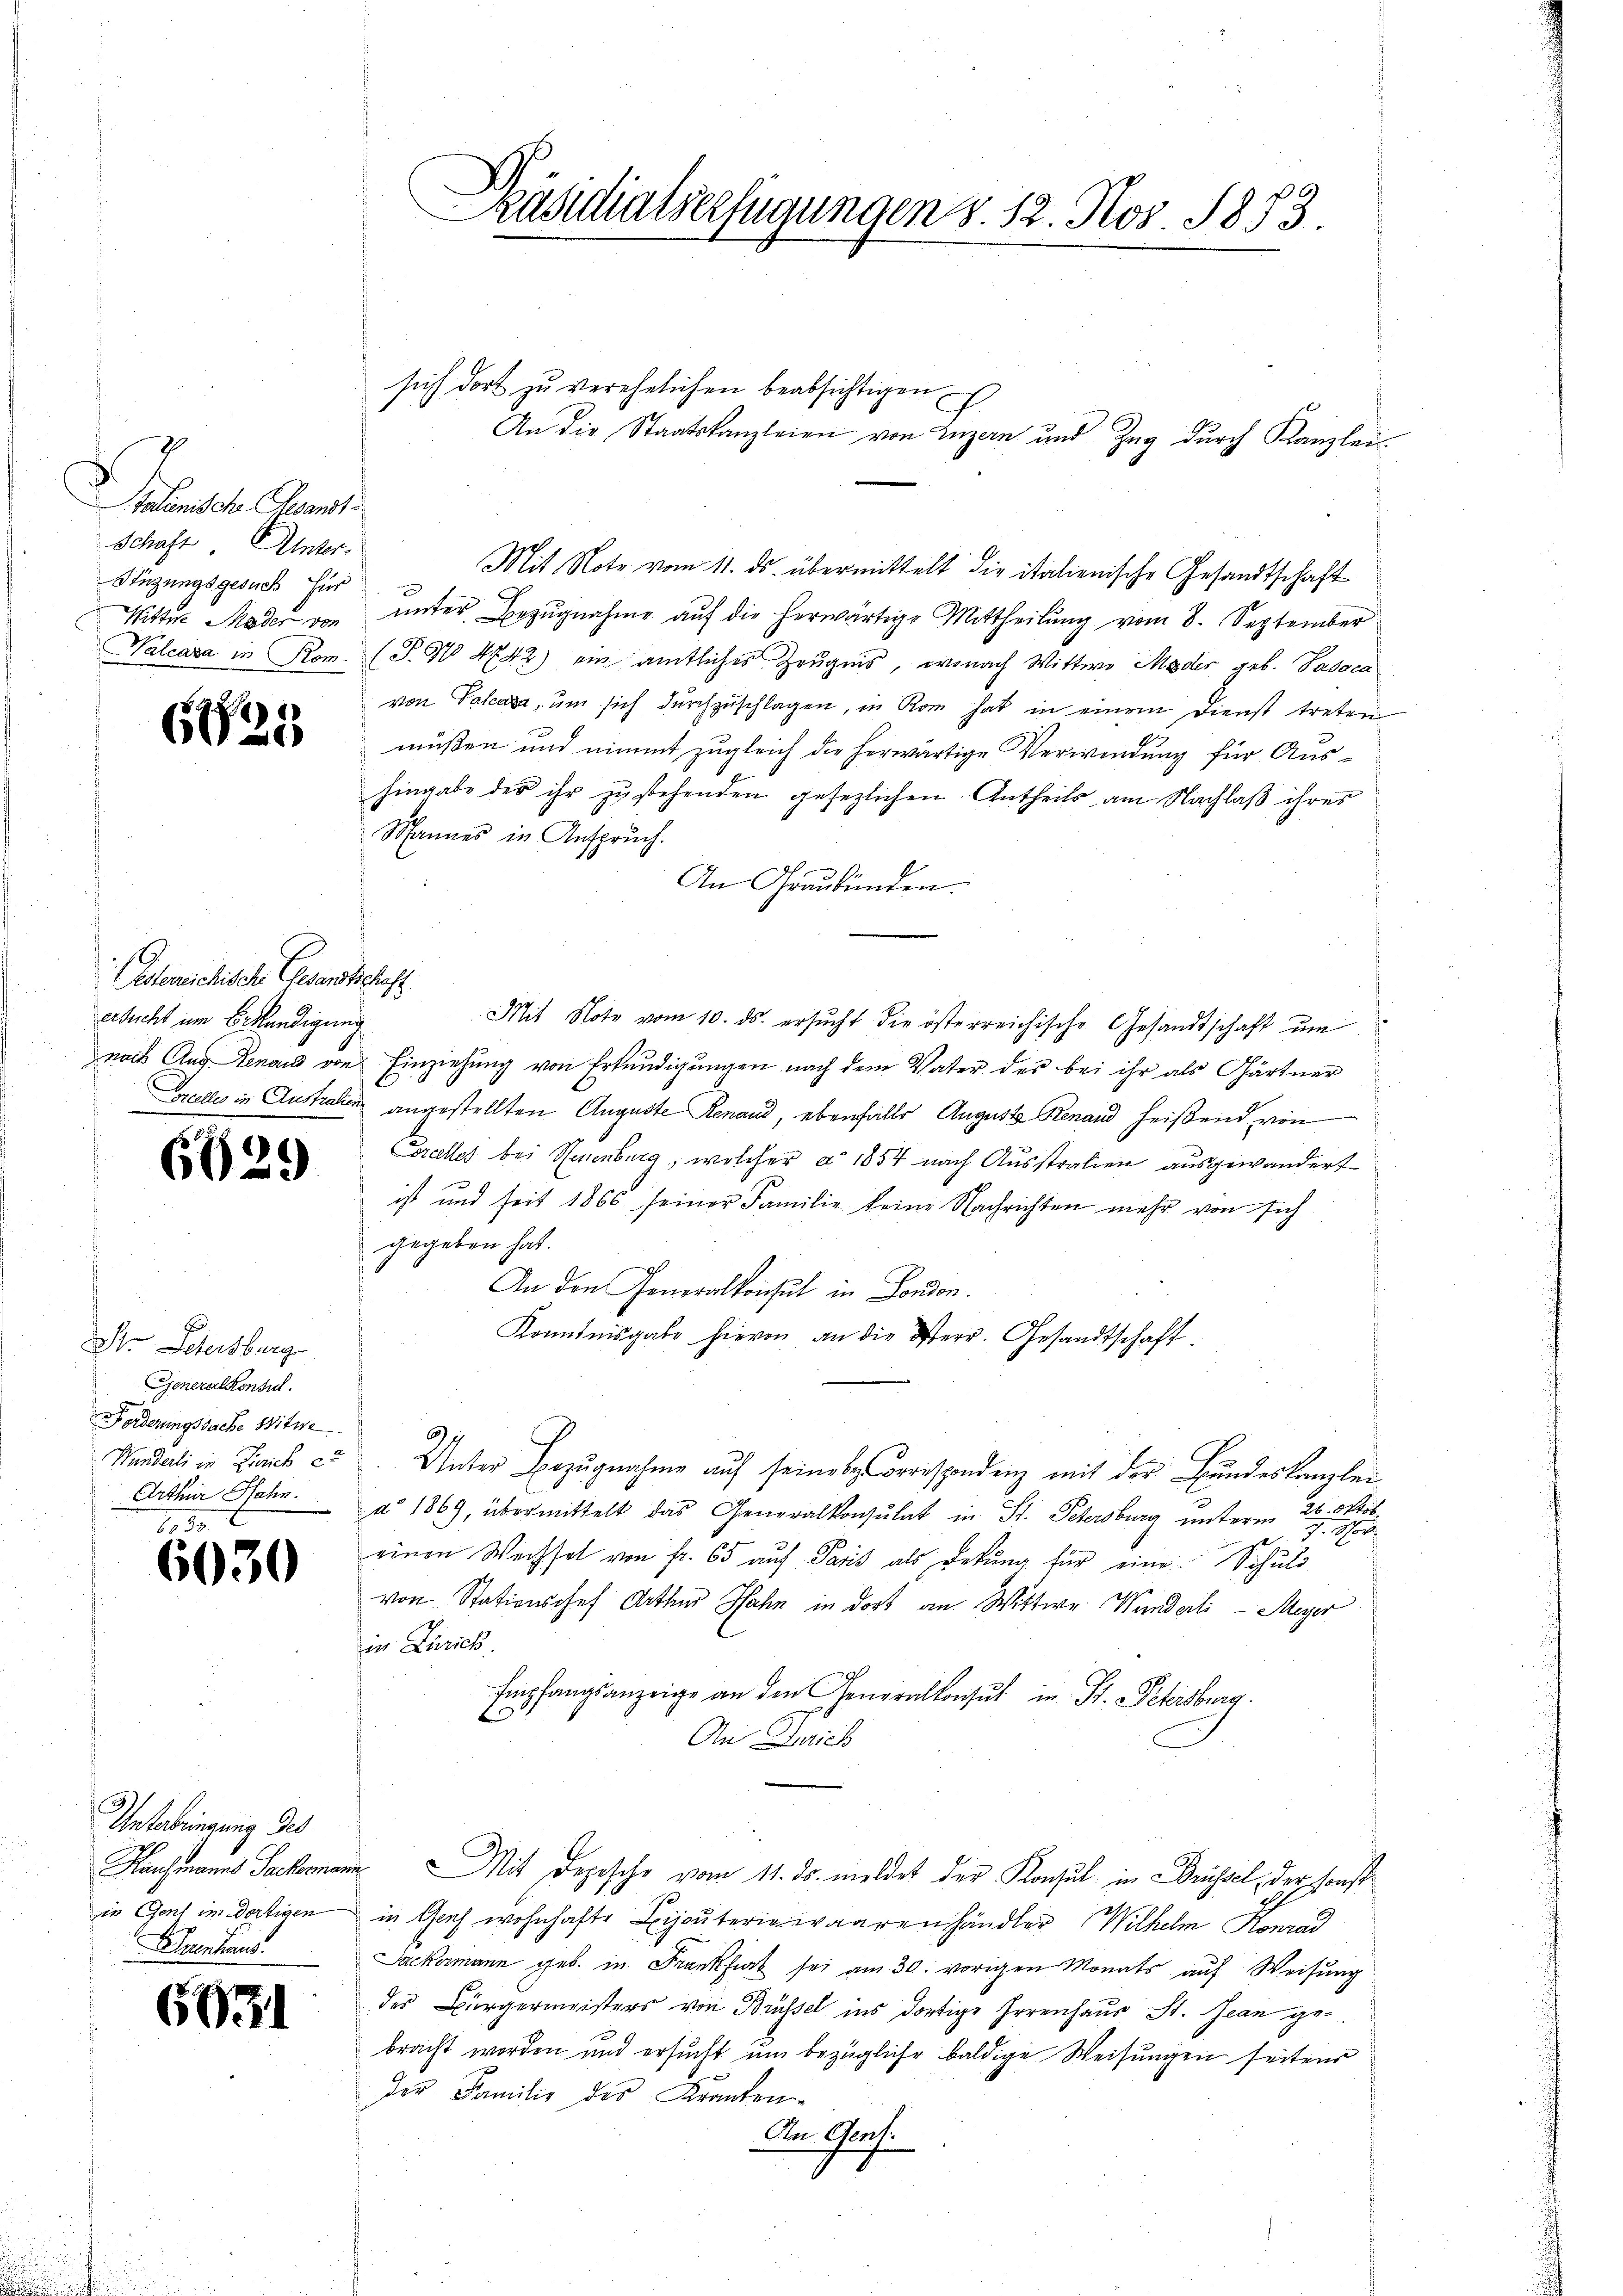
Talienische Gesandt¬
Schaft. Unter-
Stüzungsgesuch für
Wittwe Mader von
Valcasa in Rom.

6425

Ehlereichische Gesandtschaft
ersucht um Bekündigung

d
60

Dr. Petersburg
Generalkonsul
Forderungssache Witwe
Wunderli in Zürich c
Arthür Jahn.

6030

Unterbringung des
in Genf im dortigen
Bluentions.

6931

Präsidialserfügungen S. 12. Nov. 1873.

sich dort zu verehelichen beabsichtigen
An die Staatskanzleien von Luzern und Zug durch Kanzlei
Mit Note vom 11. ds. übermittelt die italienische Gesandtschaft
ŭnter Bezŭgnahme aŭf die herwärtige Mittheilung vom 8. September
(S. 4742) ein amtliches Zeugnis, wonach Wittwe Moder geb. Pasaca
von Palace, um sich durchzuschlagen, in Rom hat in einem Dienst treten
müßen und nimmt zugleich die herwärtige Verwendung für Aushingabe des ihr zu stehenden gesezlichen Antheils am Nachlaß ihres
Mannes in Anspruch.
An Graubünden.
Mit Note vom 10. ds. ersŭcht die österreichische Gesandtschaft ŭm
nach Aug. Denaud von Einziehung von Erkundigungen nach dem Vater des bei ihr als Gärtner
Greelles in Australien angestellten Auguste Renaud, ebenfalls August Genand heißend von
Excelles bei Neuenburg, welcher a 1857 nach Ausstralien ausgewandert.
ist und seit 1866 seiner Familie keine Nachrichten mehr von sich
gegeben hat.
An den Generalkonsul in London.
Kenntnisgabe hievon an die Verr. Gesandtschaft.
Unter Bezugnahme auf seine bereispondenz mit der Bundeskanzlei
Ste
a° 1869, übermittelt das Generalkonsulat in St. Petersburg unterm 2ten Voreinen Wechsel von fr. 65 aŭf Paris als Dekŭng für eine Schuld
von Stationshof Arthur Hahn in dort an Wittwe Wunderli – Meyer
in Zürich.
Empfangsanzeige an den Generalkonsul in St. Petersburg.
An Zürich
Manchmanns Sackmann. Mit Depesche vom 11. ds. meldet der Konsul in Brüssel, der sonst
in Genf wohnhafte Bijouteriewaarenhändler Wilhelm Konrad
Jackermann geb. in Frankfurt sei am 30. vorigen Monats auf Weisung
des Bürgermeisters von Brüssel ins dortige Irrenhaus St. Jean gebracht worden und ersucht um bezügliche baldige Weisungen seitens
der Familie des Kranken-
An Genf.